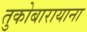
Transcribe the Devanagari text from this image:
तुकोबारायाना